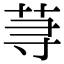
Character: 荨